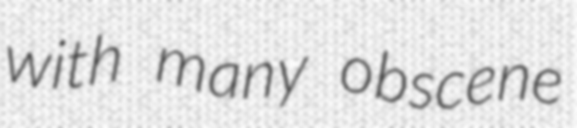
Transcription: with many obscene